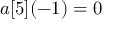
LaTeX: a [ 5 ] ( - 1 ) = 0